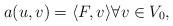
LaTeX: \begin{align*}a(u,v) = \langle F,v \rangle \forall v \in V_0,\end{align*}